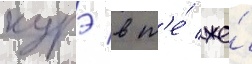
курэ в т'е́ же́